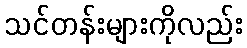
သင်တန်းများကိုလည်း